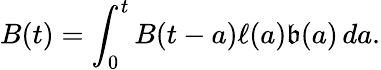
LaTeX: B(t)=\int_{0}^{t}B(t-a)\ell(a)\mathfrak{b}(a)\, da.